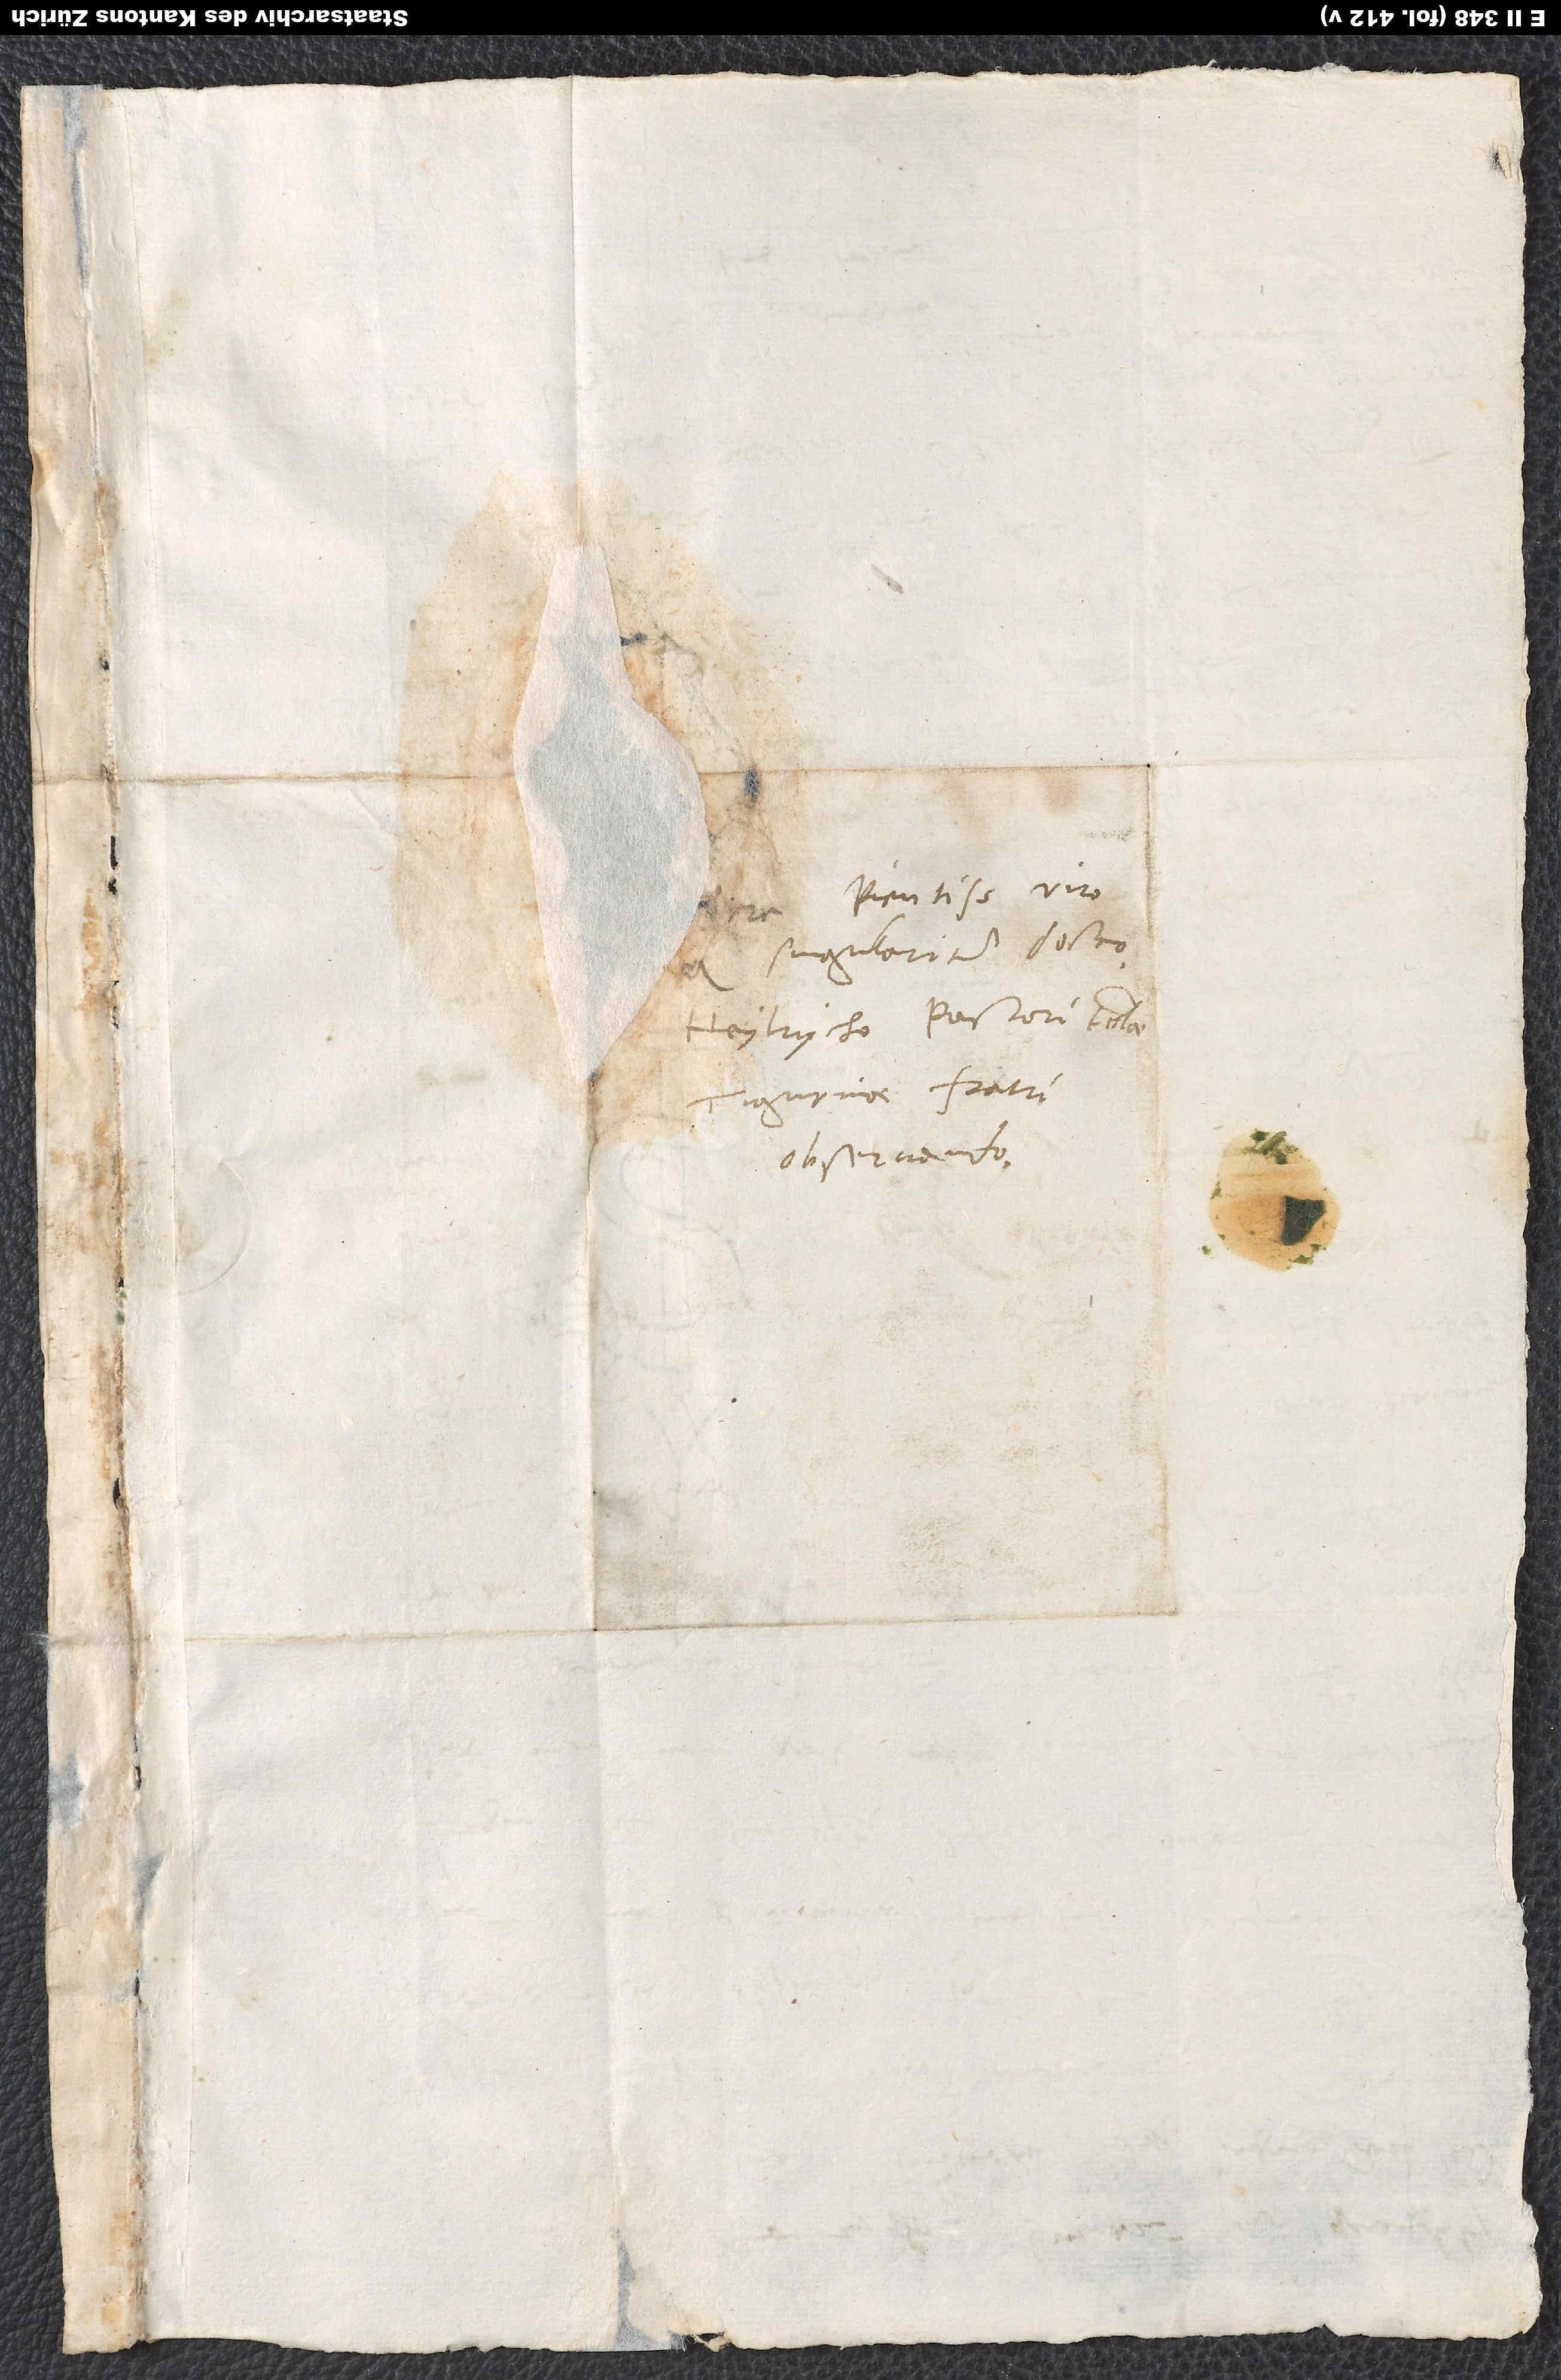
pientissimo viro
singulariter docto
Heylrycho, pastori ecclesiae
Tigurinae, fratri
observando.